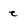
Character: e